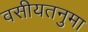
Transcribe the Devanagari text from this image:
वसीयतनुमा